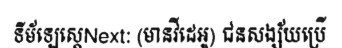
ទីម័ឡេស្តេNext: (មានវីដេអូ) ជនសង្ស័យប្រើ